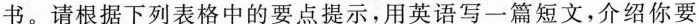
书.请根据下列表格中的要点提示,用英语写一篇短文,介绍你要